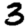
Digit: 3